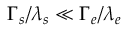
\Gamma _ { s } / \lambda _ { s } \ll \Gamma _ { e } / \lambda _ { e }